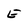
Character: E